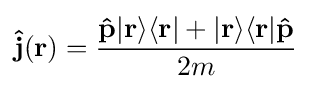
\mathbf {\hat {j}} (\mathbf {r} )={\frac {\mathbf {\hat {p}} |\mathbf {r} \rangle \langle \mathbf {r} |+|\mathbf {r} \rangle \langle \mathbf {r} |\mathbf {\hat {p}} }{2m}}